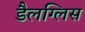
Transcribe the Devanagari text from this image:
डैलग्लिस